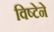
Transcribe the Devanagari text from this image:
विष्टेने